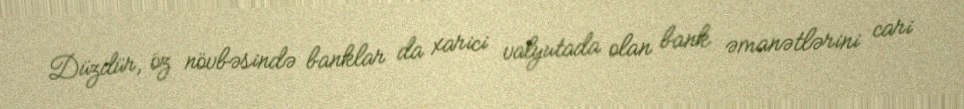
Düzdür, öz növbəsində banklar da xarici valyutada olan bank əmanətlərini cari